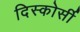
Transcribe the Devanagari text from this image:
दिस्कोर्सी